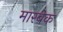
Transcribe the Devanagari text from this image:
मारबेक